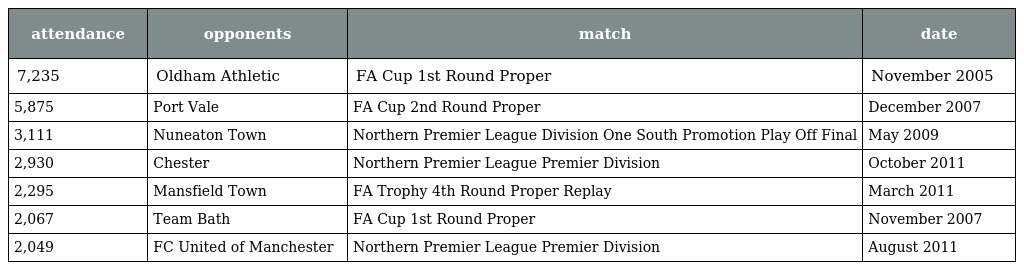
| attendance | opponents | match | date |
 | --- | --- | --- | --- |
 | 7,235 | Oldham Athletic | FA Cup 1st Round Proper | November 2005 |
 | 5,875 | Port Vale | FA Cup 2nd Round Proper | December 2007 |
 | 3,111 | Nuneaton Town | Northern Premier League Division One South Promotion Play Off Final | May 2009 |
 | 2,930 | Chester | Northern Premier League Premier Division | October 2011 |
 | 2,295 | Mansfield Town | FA Trophy 4th Round Proper Replay | March 2011 |
 | 2,067 | Team Bath | FA Cup 1st Round Proper | November 2007 |
 | 2,049 | FC United of Manchester | Northern Premier League Premier Division | August 2011 |